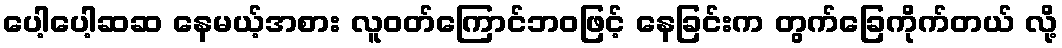
ပေါ့ပေါ့ဆဆ နေမယ့်အစား လူဝတ်ကြောင်ဘဝဖြင့် နေခြင်းက တွက်ခြေကိုက်တယ် လို့